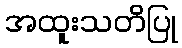
အထူးသတိပြု